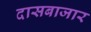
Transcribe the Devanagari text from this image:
दासबाजार